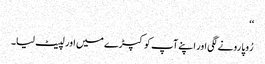
‘‘
رُوپا رونے لگی اور اپنے آپ کو کپڑے میں اور لپیٹ لیا۔